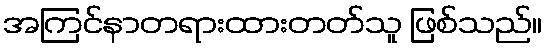
အကြင်နာတရားထားတတ်သူ ဖြစ်သည်။